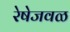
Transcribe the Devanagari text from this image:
रेषेजवळ